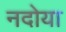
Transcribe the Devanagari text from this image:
नदोया